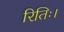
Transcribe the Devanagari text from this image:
रितिः।